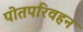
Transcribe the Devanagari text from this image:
पोतपरिवहन